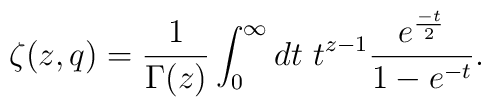
\zeta(z,q)=\frac{1}{\Gamma(z)}\int^{\infty}_{0}dt ~t^{z-1}\frac{e^{\frac{-t}{2}}}{1-e^{-t}}.